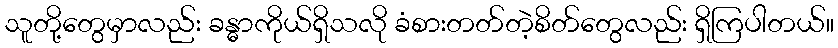
သူတို့တွေမှာလည်း ခန္ဓာကိုယ်ရှိသလို ခံစားတတ်တဲ့စိတ်တွေလည်း ရှိကြပါတယ်။